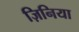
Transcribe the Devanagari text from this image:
ज़िनिया